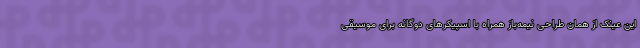
این عینک از همان طراحی نیمه‌باز همراه با اسپیکرهای دوگانه برای موسیقی